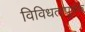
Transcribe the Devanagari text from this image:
विविधतापूर्वक